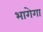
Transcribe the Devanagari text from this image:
भागेगा